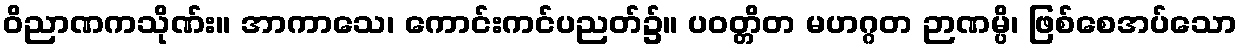
ဝိညာဏကသိုဏ်း။ အာကာသေ၊ ကောင်းကင်ပညတ်၌။ ပဝတ္တိတ မဟဂ္ဂတ ဉာဏမ္ပိ၊ ဖြစ်စေအပ်သော